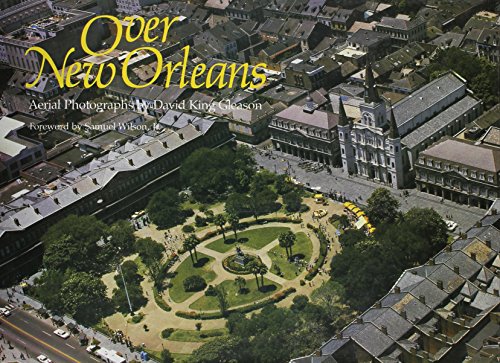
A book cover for Over New Orleans: Aerial Photographs; Arts & Photography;